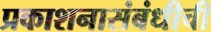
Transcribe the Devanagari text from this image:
प्रकाशनासंबंधीची